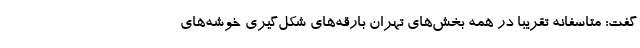
‌گفت: متاسفانه تقریبا در همه بخش‌های تهران بارقه‌های شکل‌گیری خوشه‌های